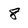
Character: 8